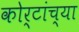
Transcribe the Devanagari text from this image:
कोर्टांच्या